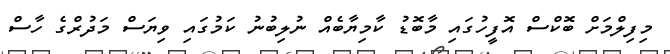
މިފިލްމަށް ބޮކްސް އޮފީހުގައި މާބޮޑު ކާމިޔާބެއް ނުލިބުނު ކަމުގައި ވިޔަސް މަދުރްގެ ހާސް